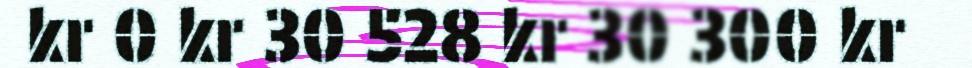
kr 0 kr 30 528 kr 30 300 kr